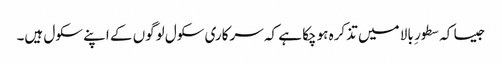
جیسا کہ سطور ِ بالا میں تذکرہ ہوچکا ہے کہ سرکاری سکول لوگوں کے اپنے سکول ہیں۔